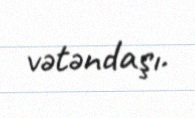
vətəndaşı.